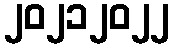
၂၀၂၁၂၀၂၂